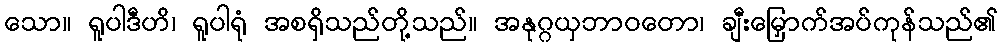
သော။ ရူပါဒီဟိ၊ ရူပါရုံ အစရှိသည်တို့သည်။ အနုဂ္ဂယှဘာဝတော၊ ချီးမြှောက်အပ်ကုန်သည်၏